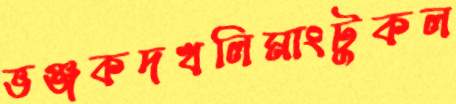
ভঞ্জকদখলিমাংটুকল